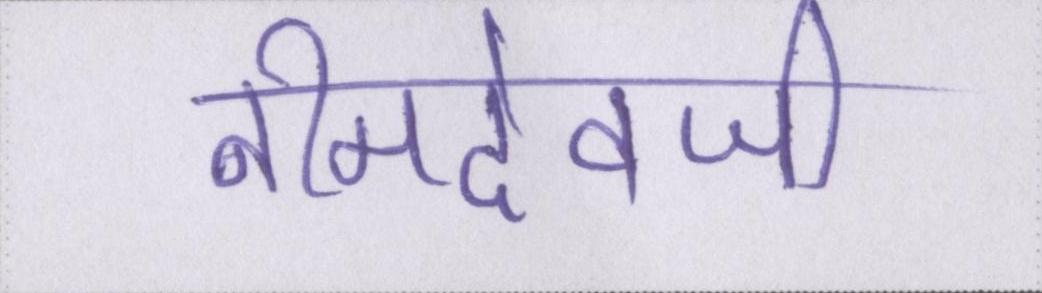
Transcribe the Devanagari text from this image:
नीमदेवजी